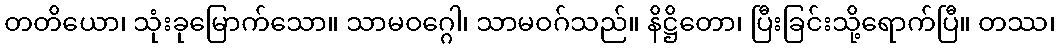
တတိယော၊ သုံးခုမြောက်သော။ သာမဝဂ္ဂေါ၊ သာမဝဂ်သည်။ နိဋ္ဌိတော၊ ပြီးခြင်းသို့ရောက်ပြီ။ တဿ၊